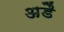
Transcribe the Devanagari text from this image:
अडै